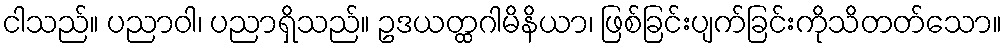
ငါသည်။ ပညာဝါ၊ ပညာရှိသည်။ ဥဒယတ္ထဂါမိနိယာ၊ ဖြစ်ခြင်းပျက်ခြင်းကိုသိတတ်သော။